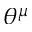
\theta ^ { \mu }